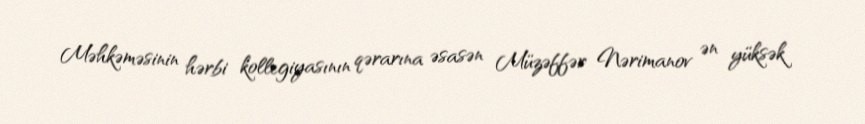
Məhkəməsinin hərbi kollegiyasının qərarına əsasən Müzəffər Nərimanov ən yüksək